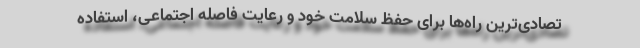
تصادی‌ترین راه‌ها برای حفظ سلامت خود و رعایت فاصله اجتماعی، استفاده